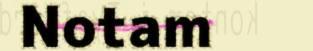
Notam